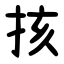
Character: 㧡